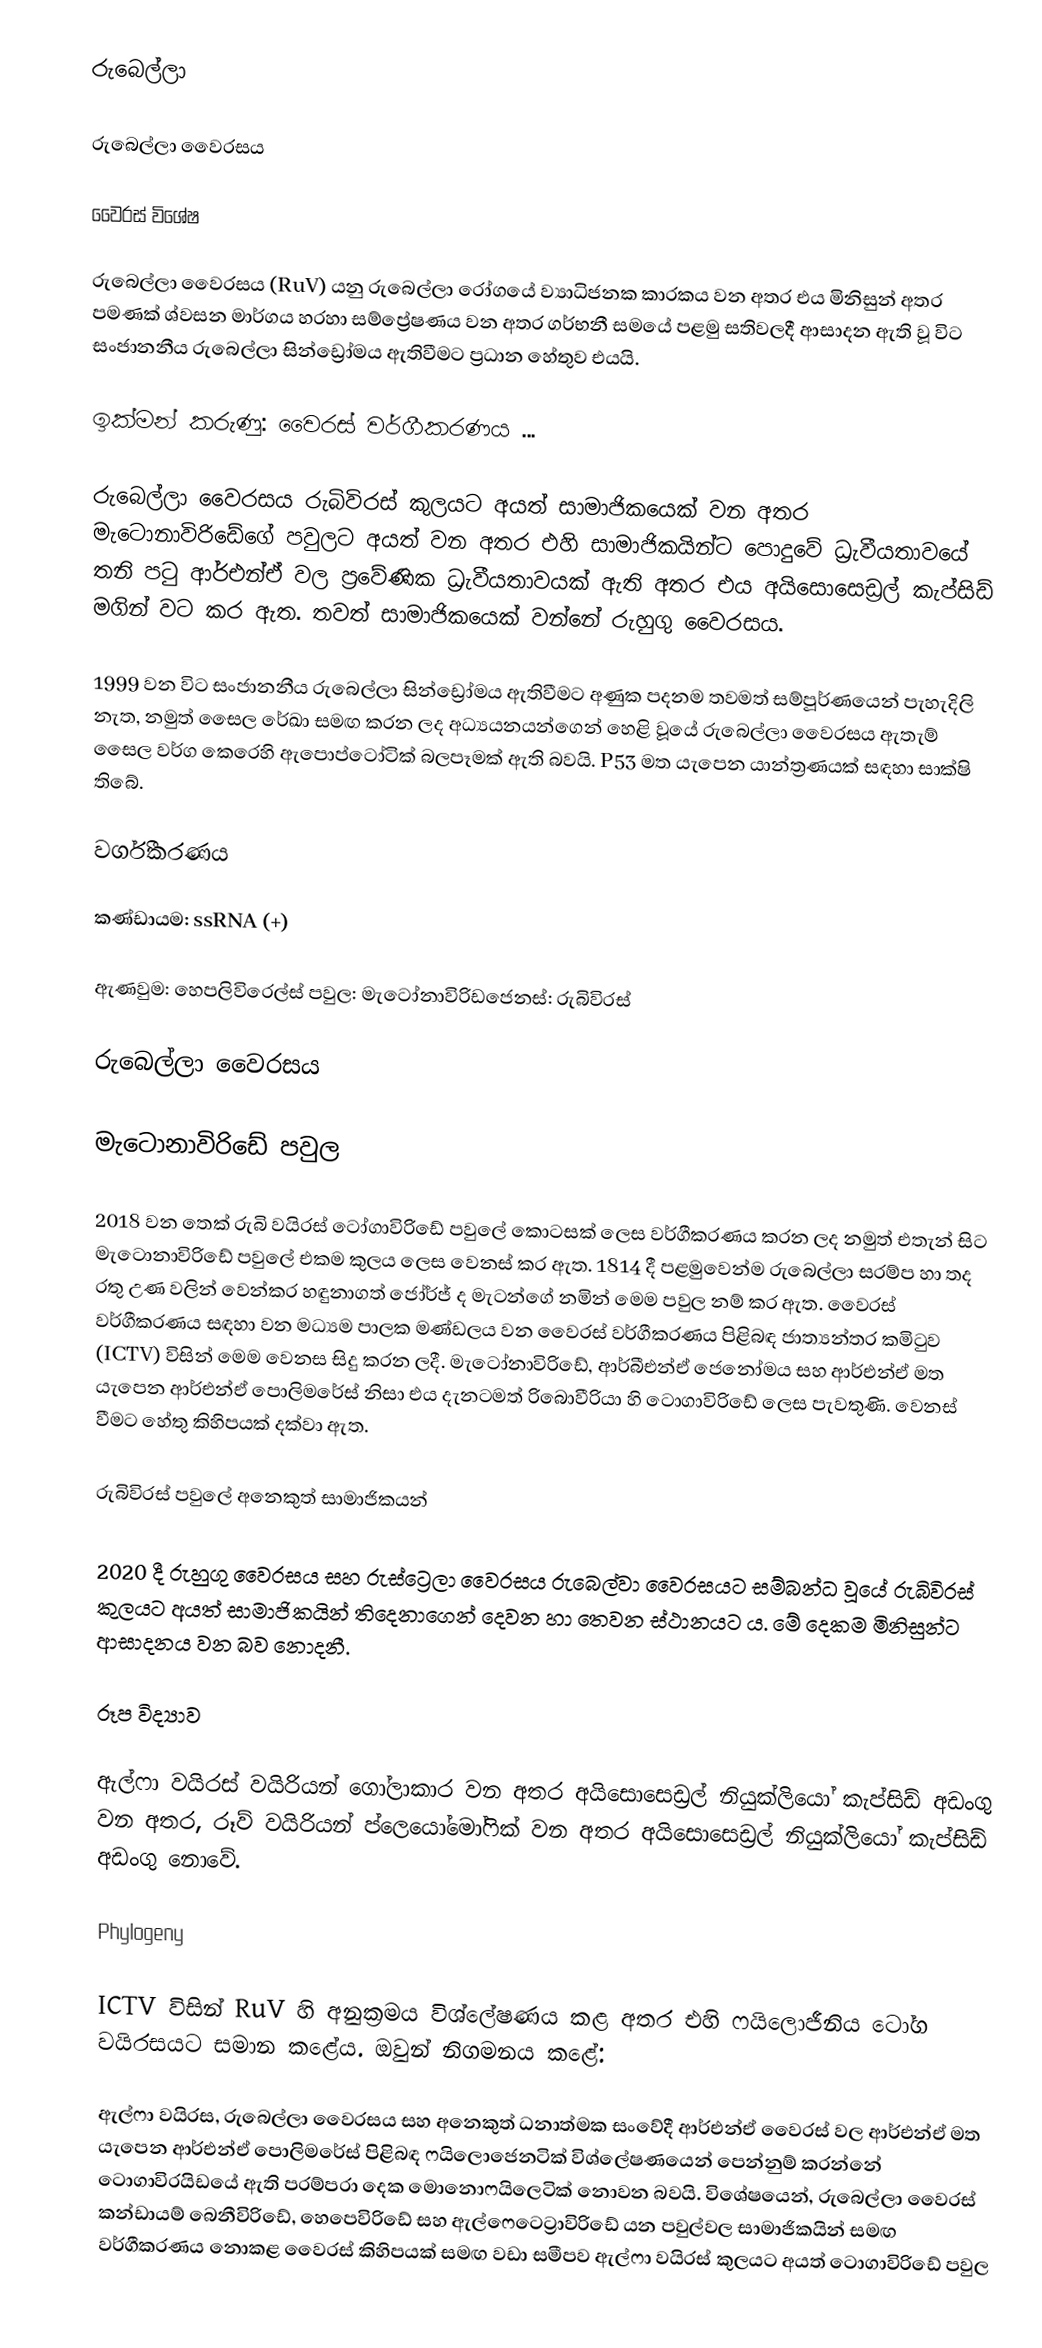
රුබෙල්ලා

      රුබෙල්ලා වෛරසය

 වෛරස් විශේෂ

 රුබෙල්ලා වෛරසය (RuV) යනු රුබෙල්ලා රෝගයේ ව්‍යාධිජනක කාරකය වන අතර එය මිනිසුන් අතර පමණක් ශ්වසන මාර්ගය හරහා සම්ප්‍රේෂණය වන අතර ගර්භනී සමයේ පළමු සතිවලදී ආසාදන ඇති වූ විට සංජානනීය රුබෙල්ලා සින්ඩ්‍රෝමය ඇතිවීමට ප්‍රධාන හේතුව එයයි.

 ඉක්මන් කරුණු: වෛරස් වර්ගීකරණය ...

 රුබෙල්ලා වෛරසය රුබිවිරස් කුලයට අයත් සාමාජිකයෙක් වන අතර මැටොනාවිරිඩේගේ පවුලට අයත් වන අතර එහි සාමාජිකයින්ට පොදුවේ ධ්‍රැවීයතාවයේ තනි පටු ආර්එන්ඒ වල ප්‍රවේණික ධ්‍රැවීයතාවයක් ඇති අතර එය අයිසොසෙඩ්‍රල් කැප්සිඩ් මගින් වට කර ඇත.  තවත් සාමාජිකයෙක් වන්නේ රුහුගු වෛරසය.

 1999 වන විට සංජානනීය රුබෙල්ලා සින්ඩ්‍රෝමය ඇතිවීමට අණුක පදනම තවමත් සම්පූර්ණයෙන් පැහැදිලි නැත, නමුත් සෛල රේඛා සමඟ කරන ලද අධ්‍යයනයන්ගෙන් හෙළි වූයේ රුබෙල්ලා වෛරසය ඇතැම් සෛල වර්ග කෙරෙහි ඇපොප්ටෝටික් බලපෑමක් ඇති බවයි.  P53 මත යැපෙන යාන්ත්‍රණයක් සඳහා සාක්ෂි තිබේ.

 වර්ගීකරණය

 කණ්ඩායම: ssRNA (+)

 ඇණවුම: හෙපලිවිරෙල්ස් පවුල: මැටෝනාවිරිඩජෙනස්: රුබිවිරස්

 රුබෙල්ලා වෛරසය

 මැටොනාවිරිඩේ පවුල

 2018 වන තෙක් රුබි වයිරස් ටෝගාවිරිඩේ පවුලේ කොටසක් ලෙස වර්ගීකරණය කරන ලද නමුත් එතැන් සිට මැටොනාවිරිඩේ පවුලේ එකම කුලය ලෙස වෙනස් කර ඇත.  1814 දී පළමුවෙන්ම රුබෙල්ලා සරම්ප හා තද රතු උණ වලින් වෙන්කර හඳුනාගත් ජෝර්ජ් ද මැටන්ගේ නමින් මෙම පවුල නම් කර ඇත.  වෛරස් වර්ගීකරණය සඳහා වන මධ්‍යම පාලක මණ්ඩලය වන වෛරස් වර්ගීකරණය පිළිබඳ ජාත්‍යන්තර කමිටුව (ICTV) විසින් මෙම වෙනස සිදු කරන ලදී.  මැටෝනාවිරිඩේ, ආර්බීඑන්ඒ ජෙනෝමය සහ ආර්එන්ඒ මත යැපෙන ආර්එන්ඒ පොලිමරේස් නිසා එය දැනටමත් රිබොවීරියා හි ටොගාවිරිඩේ ලෙස පැවතුණි.  වෙනස් වීමට හේතු කිහිපයක් දක්වා ඇත.

 රුබිවිරස් පවුලේ අනෙකුත් සාමාජිකයන්

 2020 දී රුහුගු වෛරසය සහ රුස්ට්‍රෙලා වෛරසය රුබෙල්වා වෛරසයට සම්බන්ධ වූයේ රුබිවිරස් කුලයට අයත් සාමාජිකයින් තිදෙනාගෙන් දෙවන හා තෙවන ස්ථානයට ය.  මේ දෙකම මිනිසුන්ට ආසාදනය වන බව නොදනී.

 රූප විද්‍යාව

 ඇල්ෆා වයිරස් වයිරියන් ගෝලාකාර වන අතර අයිසොසෙඩ්‍රල් නියුක්ලියෝ කැප්සිඩ් අඩංගු වන අතර, රූව් වයිරියන් ප්ලෙයෝමෝෆික් වන අතර අයිසොසෙඩ්‍රල් නියුක්ලියෝ කැප්සිඩ් අඩංගු නොවේ.

 Phylogeny

 ICTV විසින් RuV හි අනුක්‍රමය විශ්ලේෂණය කළ අතර එහි ෆයිලොජීනිය ටෝග වයිරසයට සමාන කළේය.  ඔවුන් නිගමනය කළේ:

 ඇල්ෆා වයිරස, රුබෙල්ලා වෛරසය සහ අනෙකුත් ධනාත්මක සංවේදී ආර්එන්ඒ වෛරස් වල ආර්එන්ඒ මත යැපෙන ආර්එන්ඒ පොලිමරේස් පිළිබඳ ෆයිලොජෙනටික් විශ්ලේෂණයෙන් පෙන්නුම් කරන්නේ ටොගාවිරයිඩයේ ඇති පරම්පරා දෙක මොනොෆයිලෙටික් නොවන බවයි.  විශේෂයෙන්, රුබෙල්ලා වෛරස් කන්ඩායම් බෙනීවිරිඩේ, හෙපෙවිරිඩේ සහ ඇල්ෆෙටෙට්‍රාවිරිඩේ යන පවුල්වල සාමාජිකයින් සමඟ වර්ගීකරණය නොකළ වෛරස් කිහිපයක් සමඟ වඩා සමීපව ඇල්ෆා වයිරස් කුලයට අයත් ටොගාවිරිඩේ පවුල